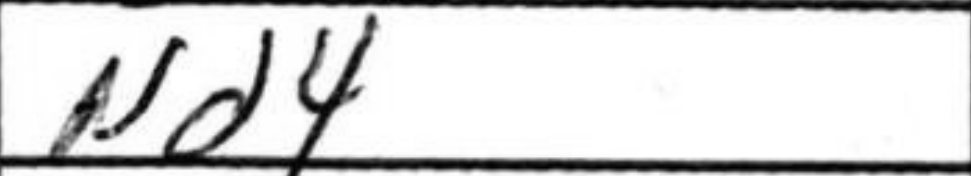
Transcription: Nd4